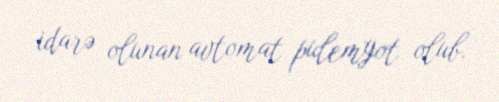
idarə olunan avtomat pulemyot olub.